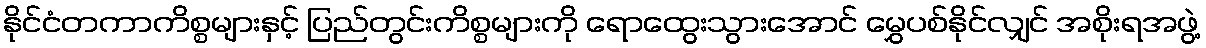
နိုင်ငံတကာကိစ္စများနှင့် ပြည်တွင်းကိစ္စများကို ရောထွေးသွားအောင် မွှေပစ်နိုင်လျှင် အစိုးရအဖွဲ့